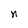
Character: n